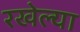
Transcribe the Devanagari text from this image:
रखेल्या